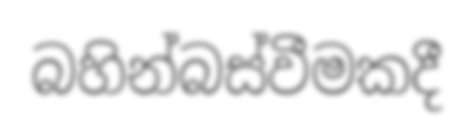
බහින්බස්වීමකදී